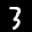
Label: 3